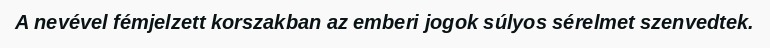
A nevével fémjelzett korszakban az emberi jogok súlyos sérelmet szenvedtek.